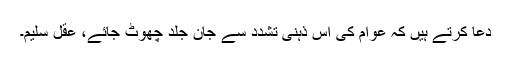
دعا کرتے ہیں کِہ عوام کی اس ذہنی تشدد سے جان جلد چھُوٹ جائے، عقل سلیم۔